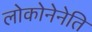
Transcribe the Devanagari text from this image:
लोकोनेनेति